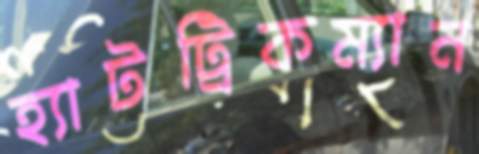
হ্যাটট্রিকম্যান